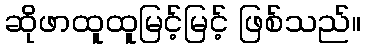
ဆိုဖာထူထူမြင့်မြင့် ဖြစ်သည်။